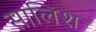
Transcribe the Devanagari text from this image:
सालिश